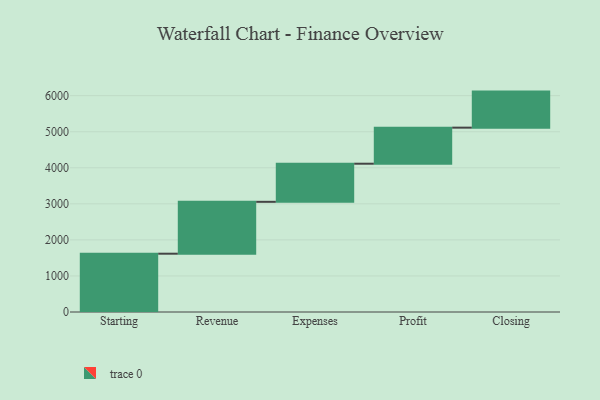
{"axis": {"x": "Step", "y": "Value"}, "legend": [""], "data": [{"x": "Starting", "y": 1617.0, "type": ""}, {"x": "Revenue", "y": 1439.0, "type": ""}, {"x": "Expenses", "y": 1057.0, "type": ""}, {"x": "Profit", "y": 1000, "type": ""}, {"x": "Closing", "y": 1000, "type": ""}]}